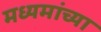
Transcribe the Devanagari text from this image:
मध्यमांच्या